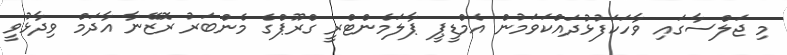
މި ޖަލްސާގައި ވާހަކަފުޅުދައްކަވަމުން އެމްޑީޕީ ޕާލަމެންޓްރީ ގްރޫޕްގެ މެންބަރު ރޮޒޭނާ އާދަމް ވިދާޅުވީ